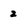
Character: 2